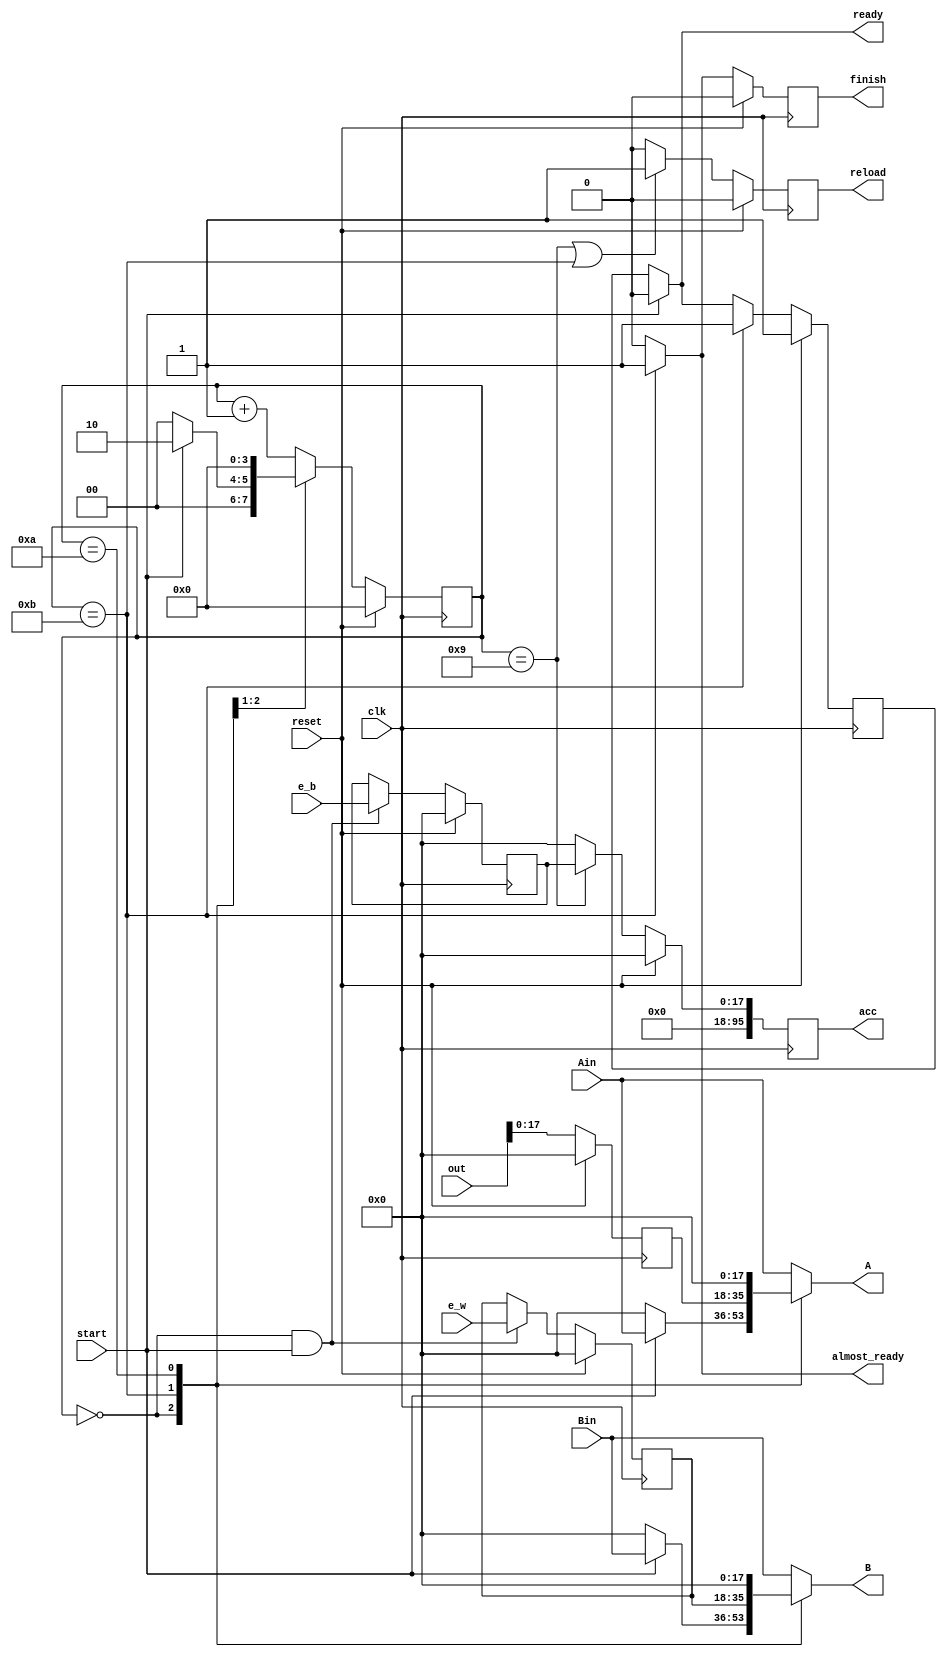



module Conv_BN(
        clk,reset,start,e_w,e_b,Ain,Bin,out,A,B,reload,acc,finish,ready,almost_ready
    );


    //parameter##############################
    parameter NUM_conv_ele = 9;
    parameter WIDTH_A =18 ;
    parameter WIDTH_B =18 ;
    parameter WIDTH_o =96 ;
    parameter WIDTH_eW =18 ;
    parameter WIDTH_eB =18 ;
    //inout##############################
    input clk,reset/* synthesis syn_keep=1 */;
    input   start/* synthesis syn_keep=1 */;
    input  [WIDTH_eW-1:0]  e_w/* synthesis syn_keep=1 */;
    input  [WIDTH_eB-1:0]  e_b/* synthesis syn_keep=1 */;
    input     [WIDTH_A-1:0] Ain/* synthesis syn_keep=1 */;
    input     [WIDTH_B-1:0] Bin/* synthesis syn_keep=1 */;
    //MA##############################
    input [WIDTH_o-1:0] out/* synthesis syn_keep=1 */;//MAp(input)
    output reg   [WIDTH_A-1:0] A/* synthesis syn_preserve = 1 */;
    output reg   [WIDTH_B-1:0] B/* synthesis syn_preserve = 1 */;
    output reg reload/* synthesis syn_preserve = 1 */;
    output reg    [WIDTH_o-1:0] acc/* synthesis syn_preserve = 1 */;//acc_init
    //ENDMA##############################
    output reg finish/* synthesis syn_preserve = 1 */;
    output wire ready;
    output wire almost_ready;
    //localparam##############################
    localparam WIDTH_ct = $clog2(NUM_conv_ele+2);
    localparam IDLE = {WIDTH_ct{1'b0}};
    //reg##############################
    reg ready_reg/* synthesis syn_preserve = 1 */;
    reg [WIDTH_ct-1:0]  ct/* synthesis syn_preserve = 1 */;
    reg [WIDTH_eW-1:0]  reg_e_w/* synthesis syn_preserve = 1 */;
    reg  [WIDTH_eB-1:0] reg_e_b/* synthesis syn_preserve = 1 */;
    reg  [WIDTH_o-1:0] reg_out/* synthesis syn_preserve = 1 */;
    //assign##############################
    assign ready=start?0:ready_reg;
    assign almost_ready=(ct==NUM_conv_ele+2)?1'b1:1'b0;
    //always##############################
    always @( posedge clk )
    begin
        if (reset)
        begin
            finish<=1'b0;
        end
        else
        begin
            if (ct==NUM_conv_ele+2)
            begin
                finish<=1'b1;
            end
            else
            begin
                finish<=1'b0;
            end
        end
    end
    always @( posedge clk )
    begin
        if (reset)
        begin
            ct<=IDLE;
        end
        else
        begin
            case (ct        )
                IDLE:
                begin
                    ct<=start?'d2:IDLE;
                end
                NUM_conv_ele+2:
                begin
                    ct<= IDLE;
                end
                default:
                    ct<=ct+1;
            endcase
        end
    end
    always @( posedge clk )
    begin
        if (reset)
        begin
            reload<=1'b0;
        end
        else
        begin
            if (ct==NUM_conv_ele ||  ct==NUM_conv_ele+2)
            begin
                reload<=1'b1;
            end
            else
            begin
                reload<=1'b0;
            end
        end
    end
    always @( posedge clk )
    begin
        if (reset)
        begin
            acc<={WIDTH_o{1'b0}};
        end
        else
        begin
            if (ct==NUM_conv_ele)
            begin
                acc<=reg_e_b;
            end
            else
            begin
                acc<={WIDTH_o{1'b0}};
            end
        end
    end
    always @( posedge clk )
    begin
        if (reset)
        begin
            reg_out<={WIDTH_o{1'b0}};
        end
        else
        begin
            reg_out<=out;
        end
    end
    always @(* )
    begin

        case (ct        )
            IDLE:
            begin
                if (start)
                begin
                    A=Ain;
                    B=Bin;
                end
                else
                begin
                    A=0;
                    B=0;
                end
            end
            NUM_conv_ele+2:
            begin
                A=reg_out;
                B=reg_e_w;
            end
            NUM_conv_ele+1:
            begin
                A=0;
                B=0;
            end
            default:
            begin
                A=Ain;
                B=Bin;
            end
        endcase
    end
    always @( posedge clk )
    begin
        if (reset)
        begin
            reg_e_w<={WIDTH_eW{1'b0}};
            reg_e_b<={WIDTH_eB{1'b0}};
        end
        else
        begin
            if (ct==IDLE&&start==1'b1)
            begin
                reg_e_w<=e_w;
                reg_e_b<=e_b;
            end
        end
    end
    always @( posedge clk )
    begin
        if (reset)
        begin
            ready_reg<=1'b1;
        end
        else
        begin
            if (ct==NUM_conv_ele+2)
            begin
                ready_reg<=1'b1;
            end
            else if (start)
            begin
                ready_reg<=1'b0;
            end
            else
            begin
                ready_reg<=ready_reg;
            end
        end
    end
endmodule